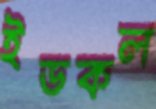
ইডকল